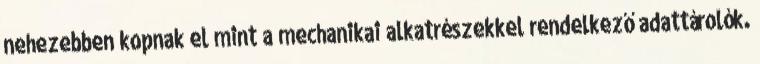
nehezebben kopnak el mint a mechanikai alkatrészekkel rendelkező adattárolók.